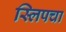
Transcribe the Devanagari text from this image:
स्लिपचा